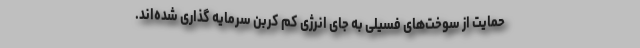
حمایت از سوخت‌های فسیلی به جای انرژی کم کربن سرمایه گذاری شده‌اند.